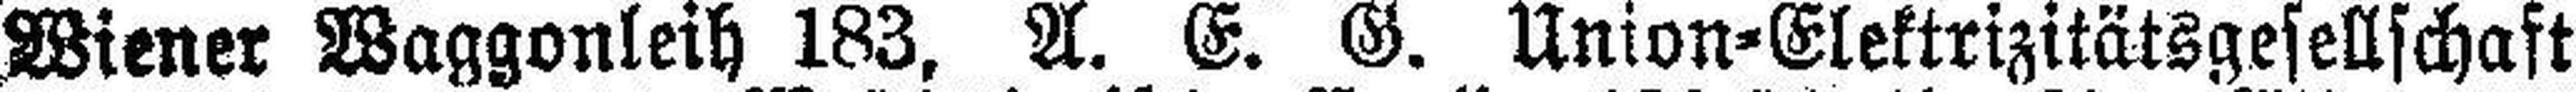
Wiener Waggonleih 183, A. E. G. Union=Elektrizitätsgesellschaft